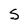
Character: S